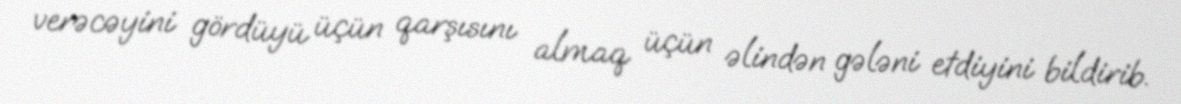
verəcəyini gördüyü üçün qarşısını almaq üçün əlindən gələni etdiyini bildirib.